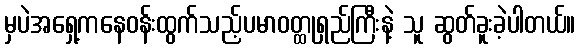
မှပဲအရှေ့ကနေဝန်းထွက်သည့်ပမာဝတ္ထုရှည်ကြီးနဲ့ သူ ဆွတ်ခူးခဲ့ပါတယ်။